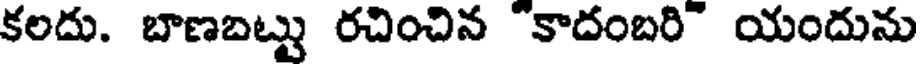
కలదు. బాణబట్టు రచించిన "కాదంబరి" యందును